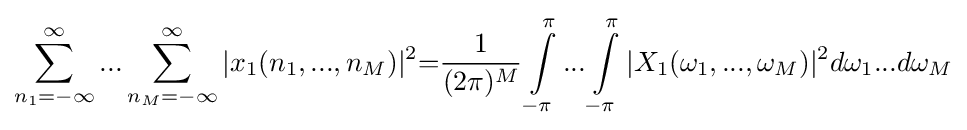
\sum _{n_{1}=-\infty }^{\infty }...\sum _{n_{M}=-\infty }^{\infty }|x_{1}(n_{1},...,n_{M})|^{2}{=}{\frac {1}{(2\pi )^{M}}}\int \limits _{-\pi }^{\pi }...\int \limits _{-\pi }^{\pi }|X_{1}(\omega _{1},...,\omega _{M})|^{2}d\omega _{1}...d\omega _{M}